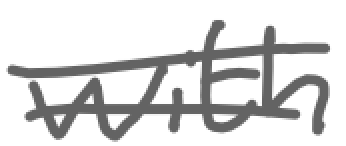
Text: with
Cross-out: wave
Writing tool: digital_gray